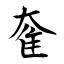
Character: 奞